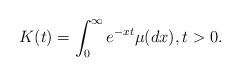
LaTeX: \begin{align*}K(t)= \int_0^{\infty} e^{-x t} \mu(dx), t>0 .\end{align*}